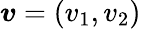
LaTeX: \boldsymbol{v}=(v_{1},v_{2})